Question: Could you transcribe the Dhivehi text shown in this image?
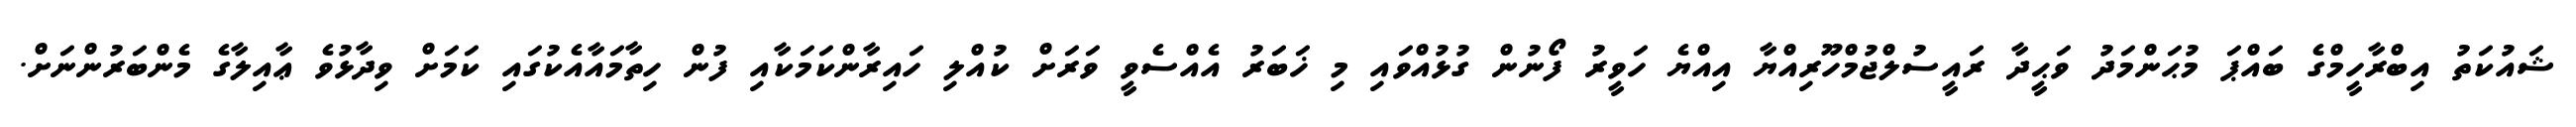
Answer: ޝައުކަތު އިބްރާހީމްގެ ބައްޕަ މުޙަންމަދު ވަޙީދާ ރައީސުލްޖުމްހޫރިއްޔާ އިއްޔެ ހަވީރު ފޯނުން ގުޅުއްވައި މި ޚަބަރު އެއްސެވީ ވަރަށް ކުއްލި ހައިރާންކަމަކާއި ފުން ހިތާމައާއެކުގައި ކަމަށް ވިދާޅުވެ ޢާއިލާގެ މެންބަރުންނަށް.